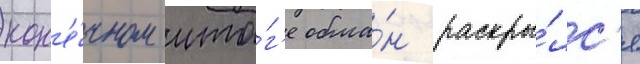
кон'е́чном ито́г'е обма́н раскры́лс'я